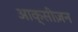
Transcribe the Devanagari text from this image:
आक्सीज़न